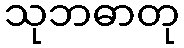
သုဘဓာတု